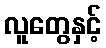
လူတွေနှင့်